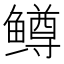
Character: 鳟